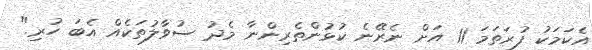
އެކަމަކު ފުރަތަމަ 11 އަށް ނެރޭނެ ކުޅުންތެރިންނާ މެދު ސުވާލުތަކެއް އެބަ ހުރި."